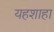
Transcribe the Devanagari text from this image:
यहशाहा